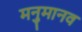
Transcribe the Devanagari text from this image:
मनुमानव